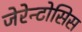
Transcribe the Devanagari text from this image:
जेरेन्टोसिस